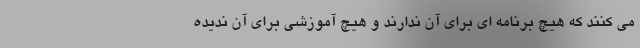
می کنند که هیچ برنامه ای برای آن ندارند و هیچ آموزشی برای آن ندیده